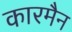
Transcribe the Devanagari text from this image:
कारमैन